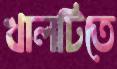
খালটিতে